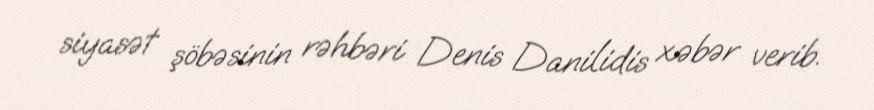
siyasət şöbəsinin rəhbəri Denis Danilidis xəbər verib.